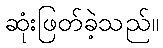
ဆုံးဖြတ်ခဲ့သည်။